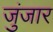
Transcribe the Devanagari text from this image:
जुंजार